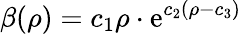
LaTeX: \beta(\rho)=c_{1}\rho\cdot\mathrm{e}^{c_{2}(\rho-c_{3})}